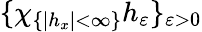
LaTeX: \{ \chi_{\{ |h_{x}|<\infty\} }h_{\varepsilon}\} _{\varepsilon>0}